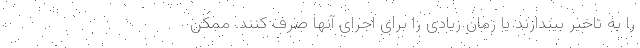
را به تاخیر بیندازند یا زمان زیادی را برای اجرای آنها صرف کنند. ممکن